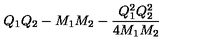
Q _ { 1 } Q _ { 2 } - M _ { 1 } M _ { 2 } - { \frac { Q _ { 1 } ^ { 2 } Q _ { 2 } ^ { 2 } } { 4 M _ { 1 } M _ { 2 } } }